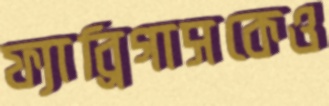
ফ্যাব্রিগাসকেও